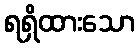
ရရှိထားသော